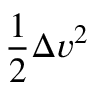
{ \frac { 1 } { 2 } } \Delta v ^ { 2 }